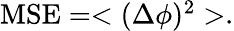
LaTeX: \begin{array}{r}{\mathrm{MSE}=<(\Delta\phi)^{2}>.}\end{array}